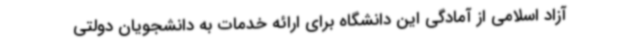
آزاد اسلامی از آمادگی این دانشگاه برای ارائه خدمات به دانشجویان دولتی